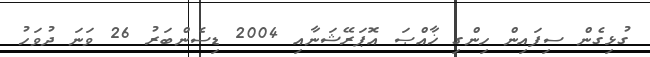
ގުޅިގެން ސިފައިން ހިންގި ޚާއްޞަ އޮޕަރޭޝަނާއި 2004 ޑިސެންބަރު 26 ވަނަ ދުވަހު